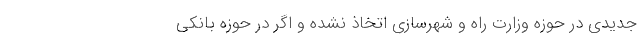
جدیدی در حوزه وزارت راه و شهرسازی اتخاذ نشده و اگر در حوزه بانکی